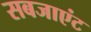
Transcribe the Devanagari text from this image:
सबजाएंट